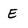
Character: E